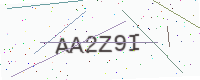
Text: AA2Z9I